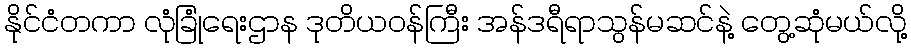
နိုင်ငံတကာ လုံခြုံရေးဌာန ဒုတိယဝန်ကြီး အန်ဒရီရာသွန်မဆင်နဲ့ တွေ့ဆုံမယ်လို့